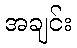
အချင်း